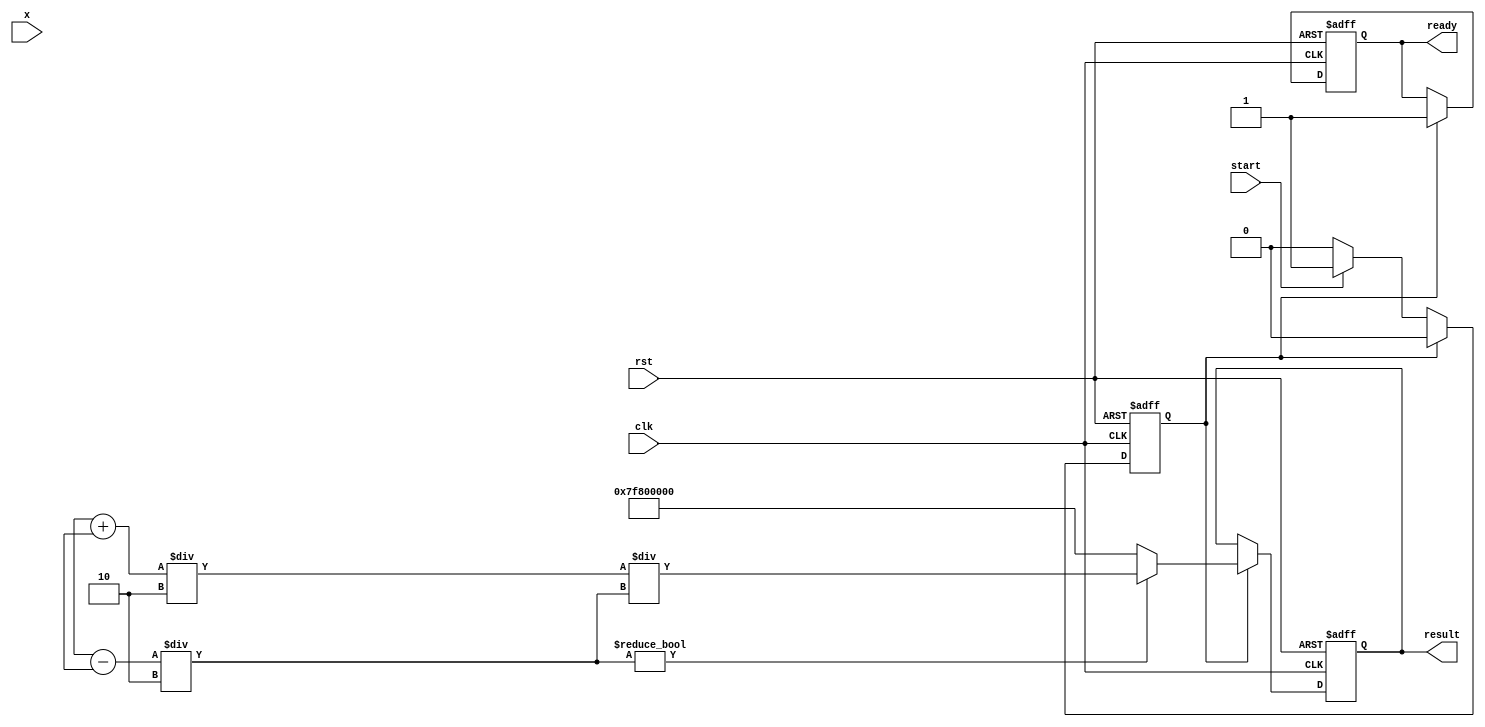
module coth(
    input wire [31:0] x,           // Input: 32-bit floating-point number
    output reg [31:0] result,      // Output: 32-bit floating-point number
    input wire clk,
    input wire rst,
    input wire start,
    output reg ready
);

// Internal signals
reg [31:0] exp_x, exp_neg_x;     // Exponentials of x and -x
reg [31:0] cosh_x, sinh_x;       // Cosh and sinh values
reg [31:0] coth_x;               // Result of coth calculation
reg state;                       // State for FSM
reg [1:0] count;

// Exponential function using a Taylor series or LUT (not implemented here)
function [31:0] exp;
    input [31:0] value;
    // Implementation of e^value (to be defined)
endfunction

// Calculate cosh and sinh
always @(*) begin
    exp_x = exp(x);               // e^x
    exp_neg_x = exp(-x);         // e^-x
    cosh_x = (exp_x + exp_neg_x) / 2; // cosh(x)
    sinh_x = (exp_x - exp_neg_x) / 2; // sinh(x)
    
    if (sinh_x != 0) begin
        coth_x = cosh_x / sinh_x; // coth(x)
    end else begin
        coth_x = 32'h7F800000; // Set to infinity or NaN
    end
end

// Control logic with simple state machine
always @(posedge clk or posedge rst) begin
    if (rst) begin
        result <= 0;
        ready <= 0;
        state <= 0;
    end else begin
        case (state)
            0: begin
                if (start) begin
                    state <= 1;  // Move to calculation state
                end
            end
            1: begin
                result <= coth_x; // Store result
                ready <= 1;       // Indicate calculation is done
                state <= 0;       // Back to idle
            end
        endcase
    end
end

endmodule